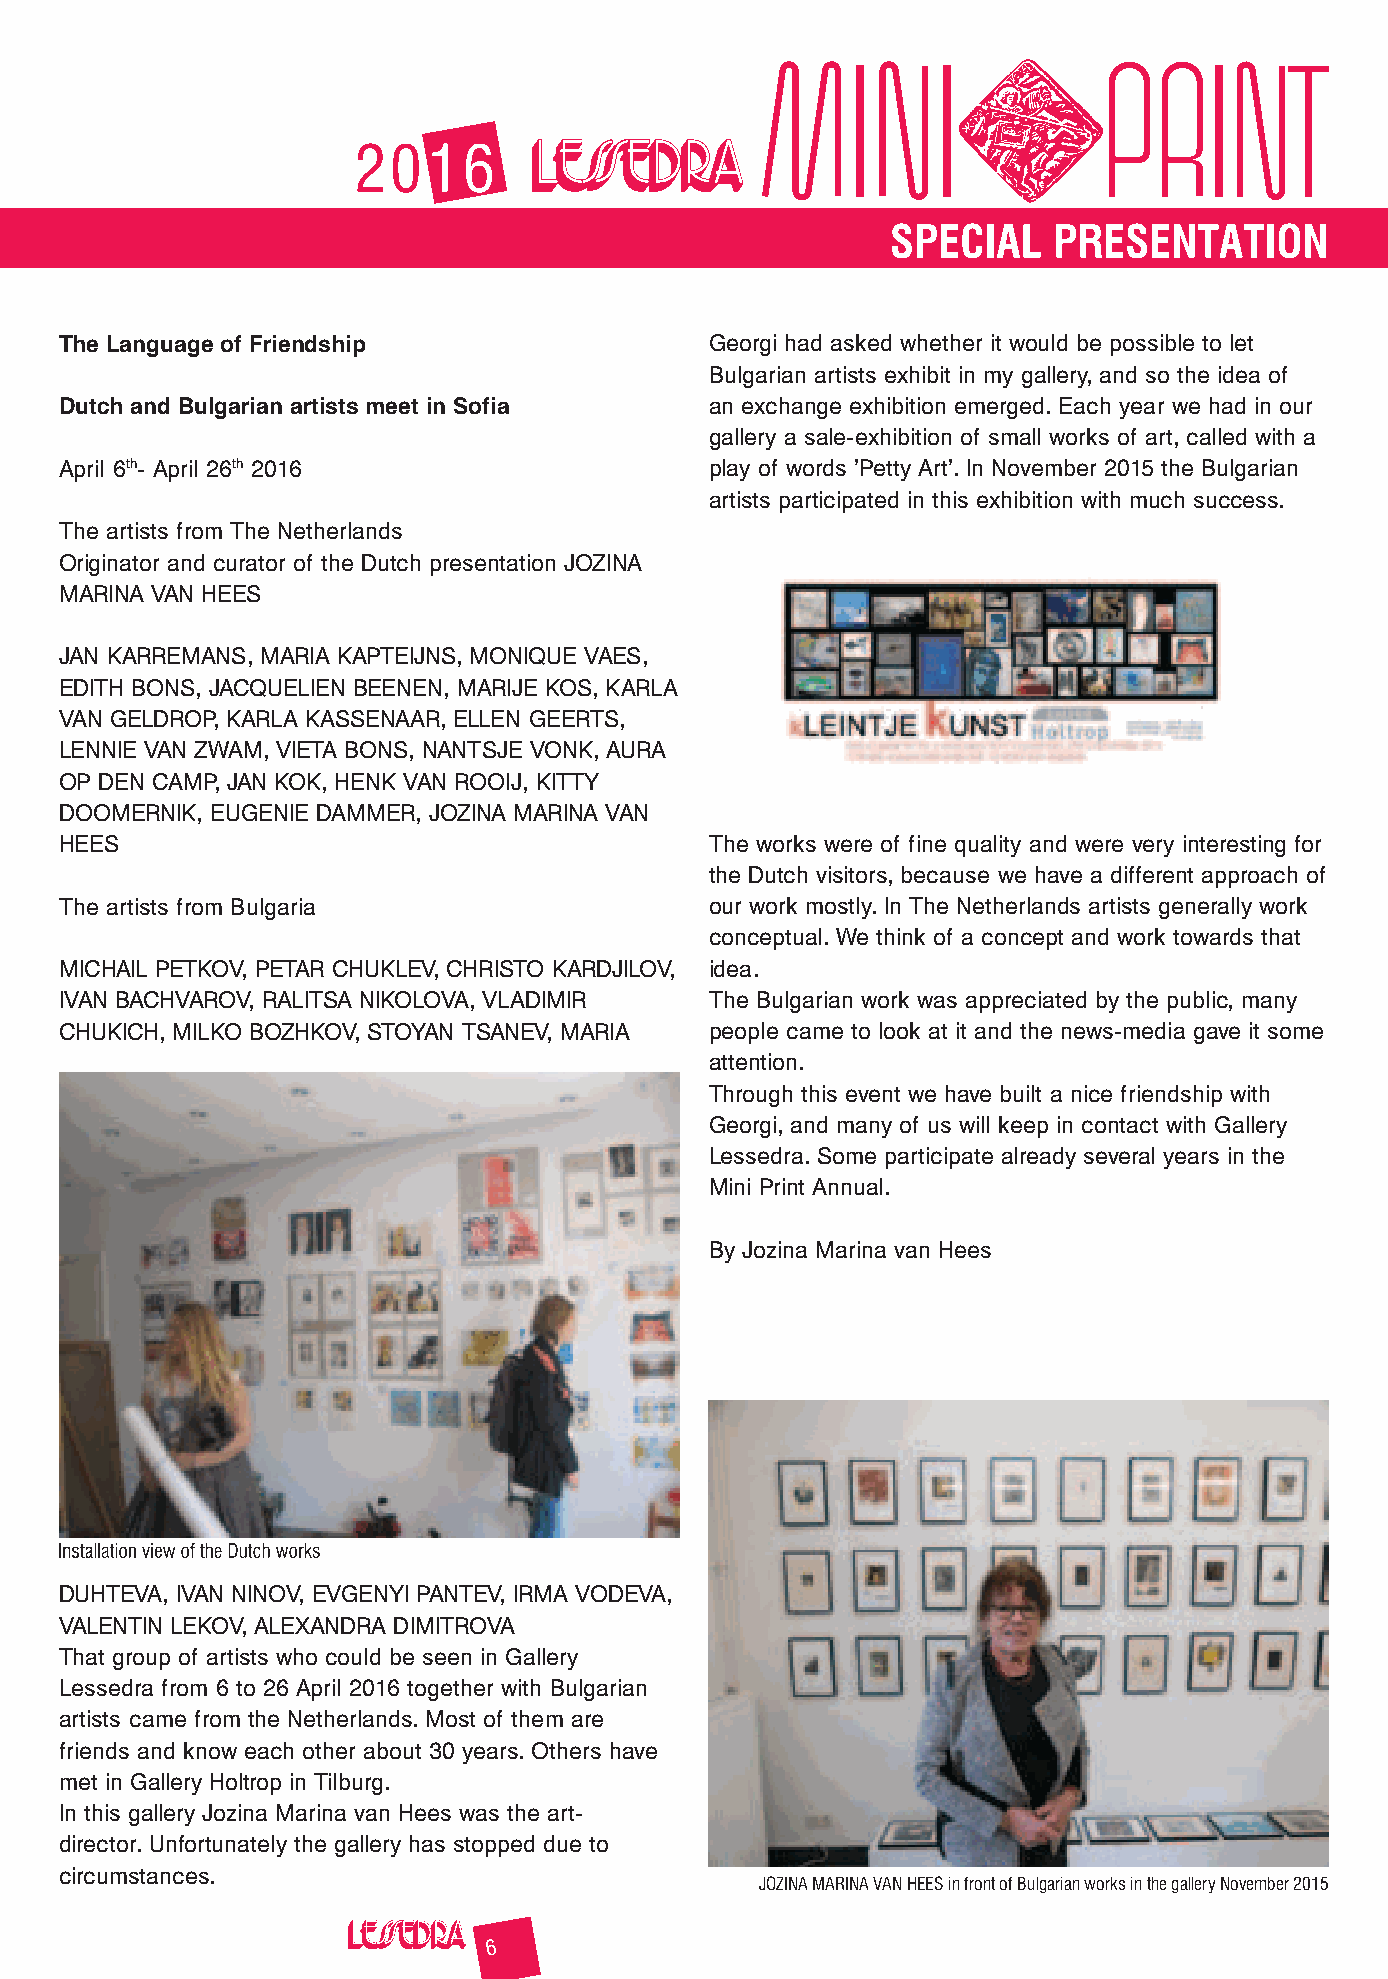
2016
 SPECIAL    PRESENTATION
 The Language of Friendship                 Georgi had asked whether it would be possible to let
 Bulgarian artists exhibit in my gallery, and so the idea of
 Dutch and Bulgarian artists meet in Sofia  an exchange exhibition emerged. Each year we had in our
 gallery a sale-exhibition of small works of art, called with a
 April 6th- April 26th 2016                 play of words ’Petty Art’. In November 2015 the Bulgarian
 artists participated in this exhibition with much success.
 The artists from The Netherlands
 Originator and curator of the Dutch presentation JOZINA
 MARINA VAN HEES
 JAN KARREMANS, MARIA KAPTEIJNS, MONIQUE VAES,
 EDITH BONS, JACQUELIEN BEENEN, MARIJE KOS, KARLA
 VAN GELDROP, KARLA KASSENAAR, ELLEN GEERTS,
 LENNIE VAN ZWAM, VIETA BONS, NANTSJE VONK, AURA
 OP DEN CAMP, JAN KOK, HENK VAN ROOIJ, KITTY
 DOOMERNIK, EUGENIE DAMMER, JOZINA MARINA VAN
 HEES                                       The works were of fine quality and were very interesting for
 the Dutch visitors, because we have a different approach of
 The artists from Bulgaria                  our work mostly. In The Netherlands artists generally work
 conceptual. We think of a concept and work towards that
 MICHAIL PETKOV, PETAR CHUKLEV, CHRISTO KARDJILOV, idea.
 IVAN BACHVAROV, RALITSA NIKOLOVA, VLADIMIR The Bulgarian work was appreciated by the public, many
 CHUKICH, MILKO BOZHKOV, STOYAN TSANEV, MARIA people came to look at it and the news-media gave it some
 attention.
 Through this event we have built a nice friendship with
 Georgi, and many of us will keep in contact with Gallery
 Lessedra. Some participate already several years in the
 Mini Print Annual.
 By Jozina Marina van Hees
 DUHTEVA, IVAN NINOV, EVGENYI PANTEV, IRMA VODEVA,
 VALENTIN LEKOV, ALEXANDRA DIMITROVA
 That group of artists who could be seen in Gallery
 Lessedra from 6 to 26 April 2016 together with Bulgarian
 artists came from the Netherlands. Most of them are
 friends and know each other about 30 years. Others have
 met in Gallery Holtrop in Tilburg.
 In this gallery Jozina Marina van Hees was the art-
 director. Unfortunately the gallery has stopped due to
 circumstances.
 JOZINA MARINA VAN HEES in front of Bulgarian works in the gallery November 2015
 6